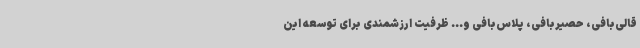
قالی‌بافی، حصیربافی، پلاس‌بافی و... ظرفیت ارزشمندی برای توسعه این